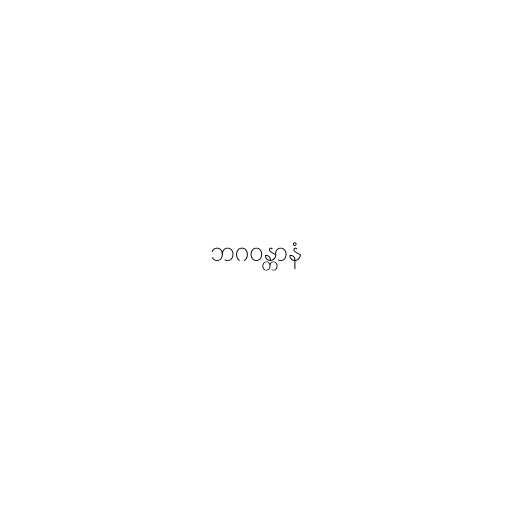
ဘဂဝန္တာနံ